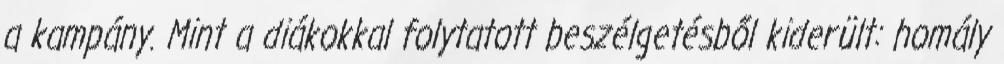
a kampány. Mint a diákokkal folytatott beszélgetésből kiderült: homály